Lunatic asylums Punjab 1911-1921 - 1911-1921
Year: 1911
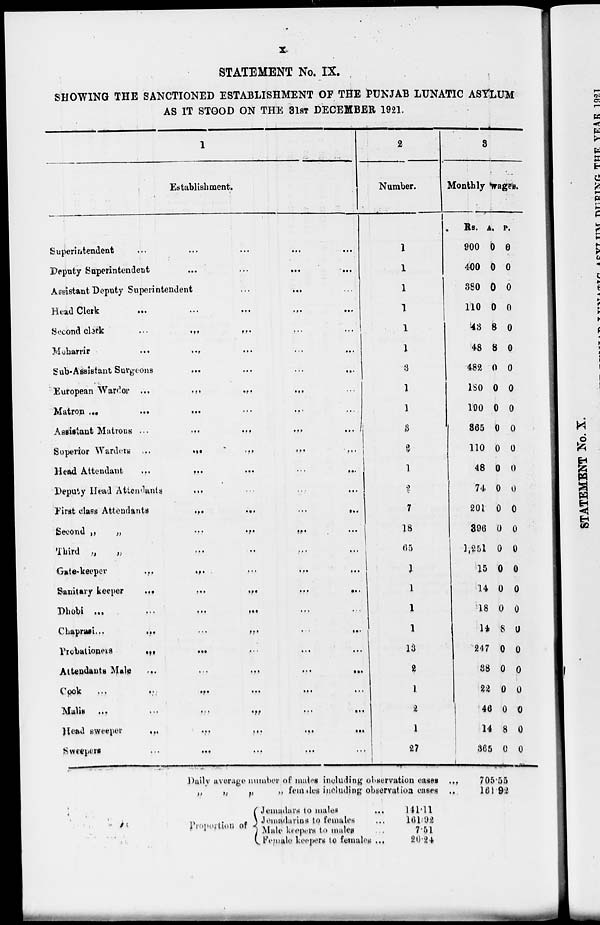
x
STATEMENT No. IX.
SHOWING THE SANCTIONED ESTABLISHMENT OF THE PUNJAB LUNATIC ASYLUM
AS IT STOOD ON THE 31ST DECEMBER 1921.
1
Establishment.
Superintendent
...
...
... ... ...
Deputy Superintendent
...
...
... ...
Assistant Deputy Superintendent ... ... ...
Head Clerk
...
...
...
Second clerk ... ... ...
Moharrir ... ... ...
Sub-Assistant Surgeons
...
...
European Wardor ...
...
...
Matron
...
...
...
...
Assistant Matrons
...
...
...
Superior Warders ...
...
...
Head Attendant
...
...
...
Deputy Head Attendants
...
...
First class Attendants
...
...
Second
„
„
...
...
...
...
Third „
„
... ... ... ...
Gate-keeper ... ... ... ... ...
Sanitary keeper
...
...
...
...
...
Dhobi
...
...
...
...
...
...
Chaprasi ... ... ... ... ... ..
Probationers
... ... ... ... ...
Attendants Male
...
...
...
...
...
Cook
...
...
...
...
...
...
Malis ... ... ... ... ... ...
Head sweeper
...
...
...
...
...
...
Sweepers
...
...
...
...
...
...
2
Number.
1
1
1
1
1
1
3
1
1
3
2
1
2
7
18
65
1
1
1
1
13
2
1
2
1
27
Daily average number of males including observation cases ...
„
„
„
„
females including observation cases ...
Proportion of
Jemadars to males
...
Jemadarins to females ...
Male keepers to males ...
Female keepers to females ...
141.11
161.92
7.51
20.24
3
Monthly wages.
Rs.
900
400
380
110
43
48
482
ISO
190
365
110
48
74
201
896
1,251
15
14
18
14
247
38
22
46
14
365
A.
0
0
0
0
8
8
0
0
0
0
0
0
0
0
0
0
0
0
0
8
0
0
0
0
8
0
P.
0
0
0
0
0
0
0
0
0
0
0
0
0
0
0
0
0
0
0
0
0
0
0
0
0
0
705.55
161.92